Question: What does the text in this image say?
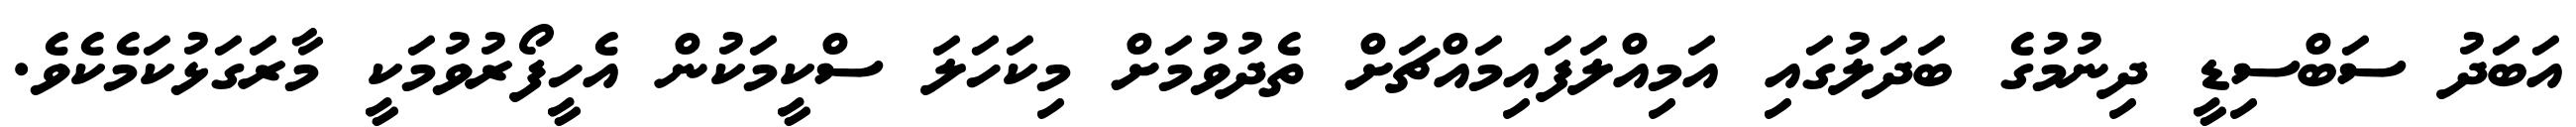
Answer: އަބަދު ސަބްސިޑީ ދިނުމުގެ ބަދަލުގައި އަމިއްލަފައިމައްޗަށް ތެދުވުމަށް މިކަހަލަ ސްކީމަކުން އެހީފޯރުވުމަކީ މާރަގަޅުކަމެކެވެ.